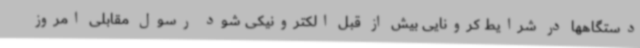
دستگاهها در شرایط کرونایی بیش از قبل الکترونیکی شود رسول مقابلی امروز